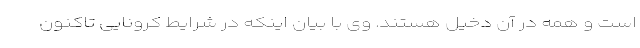
است و همه در آن دخیل هستند. وی با بیان اینکه در شرایط کرونایی تاکنون